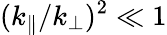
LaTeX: (k_{\parallel}/k_{\perp})^{2}\ll 1